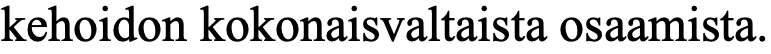
kehoidon kokonaisvaltaista osaamista.